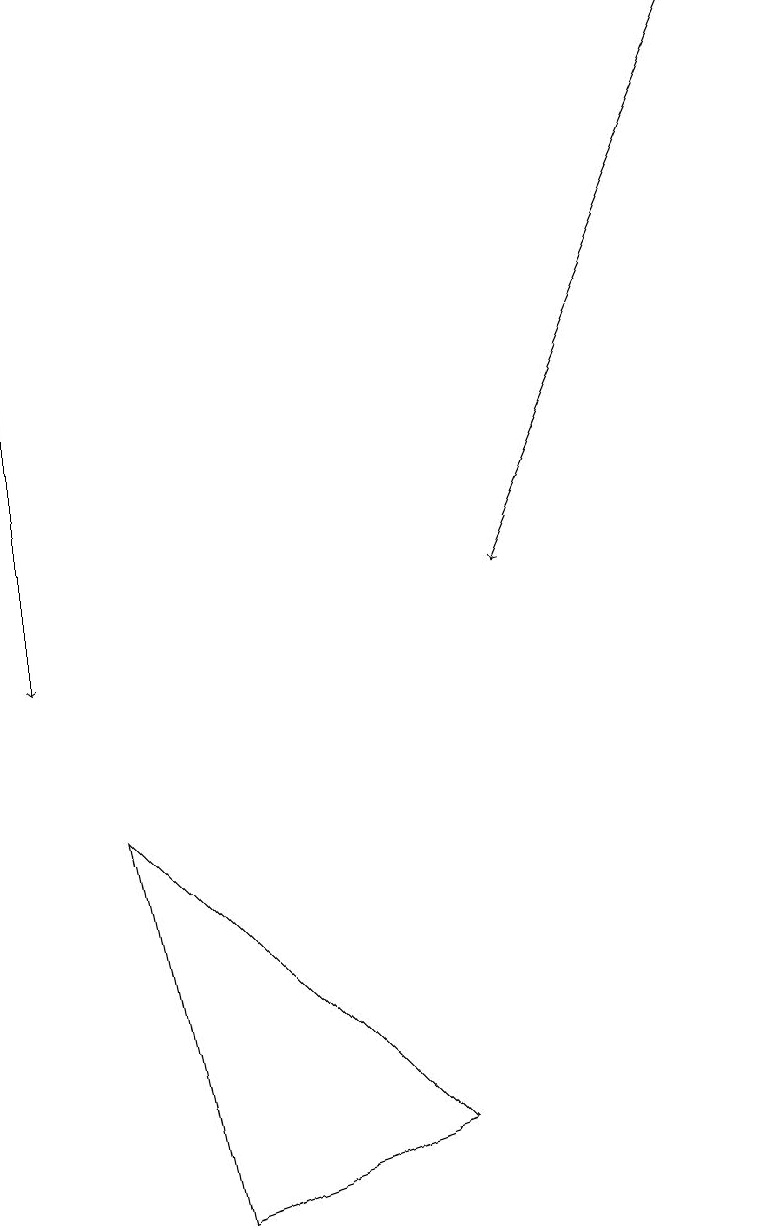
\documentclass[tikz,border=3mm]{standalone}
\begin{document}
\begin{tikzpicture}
\draw[->] (9,19) -- (6,12);
\draw[->] (0,19) -- (0,11);
\draw (2,4) -- (5,5) -- (1,9) -- cycle;
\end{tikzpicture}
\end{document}